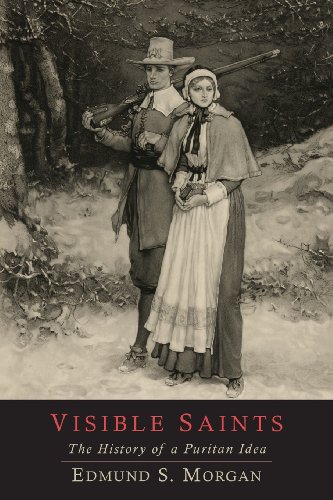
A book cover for Visible Saints: The History of a Puritan Idea; Edmund S. Morgan; Christian Books & Bibles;